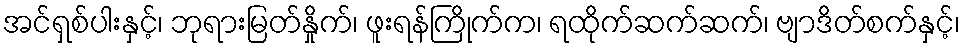
အင်ရှစ်ပါးနှင့်၊ ဘုရားမြတ်နှိုက်၊ ဖူးရန်ကြိုက်က၊ ရထိုက်ဆက်ဆက်၊ ဗျာဒိတ်စက်နှင့်၊